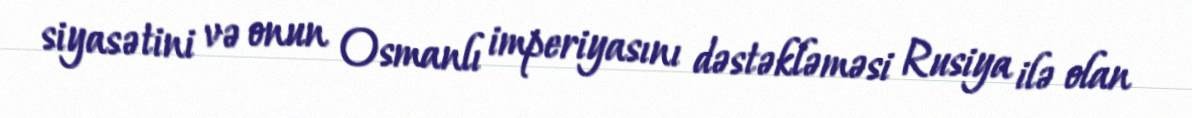
siyasətini və onun Osmanlı imperiyasını dəstəkləməsi Rusiya ilə olan